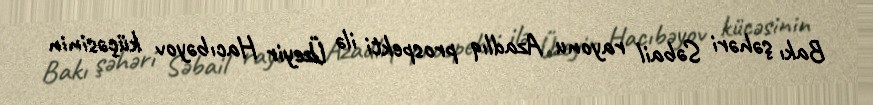
Bakı şəhəri Səbail rayonu Azadlıq prospekti ilə Üzeyir Hacıbəyov küçəsinin